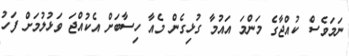
ނަމަވެސް ކުއްޖާގެ މަންމަ އައުމާ ގުޅިގެން މެއާ ހިސާބަށް އެކުއްޖަ ވަޅުލުމަށް ފަހު